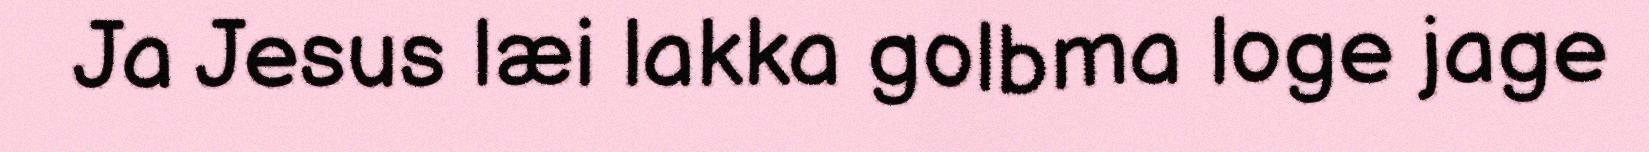
Ja Jesus læi lakka golbma loge jage